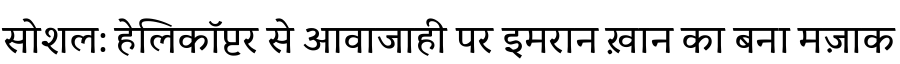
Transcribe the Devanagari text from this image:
सोशल: हेलिकॉप्टर से आवाजाही पर इमरान ख़ान का बना मज़ाक